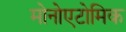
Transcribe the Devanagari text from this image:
मोनोएटोमिक